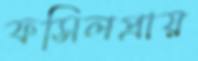
ফসিলপ্রায়